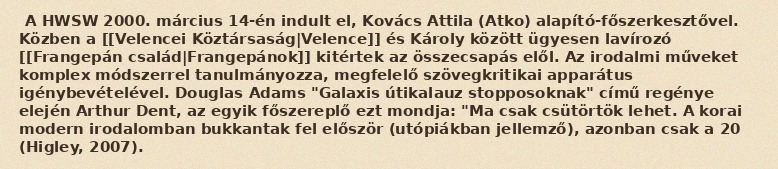
A HWSW 2000. március 14-én indult el, Kovács Attila (Atko) alapító-főszerkesztővel. Közben a [[Velencei Köztársaság|Velence]] és Károly között ügyesen lavírozó [[Frangepán család|Frangepánok]] kitértek az összecsapás elől. Az irodalmi műveket komplex módszerrel tanulmányozza, megfelelő szövegkritikai apparátus igénybevételével. Douglas Adams "Galaxis útikalauz stopposoknak" című regénye elején Arthur Dent, az egyik főszereplő ezt mondja: "Ma csak csütörtök lehet. A korai modern irodalomban bukkantak fel először (utópiákban jellemző), azonban csak a 20 (Higley, 2007).